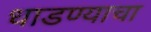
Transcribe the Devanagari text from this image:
धाडण्याचा